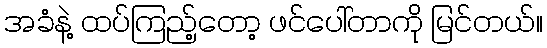
အခံနဲ့ ထပ်ကြည့်တော့ ဖင်ပေါ်တာကို မြင်တယ်။